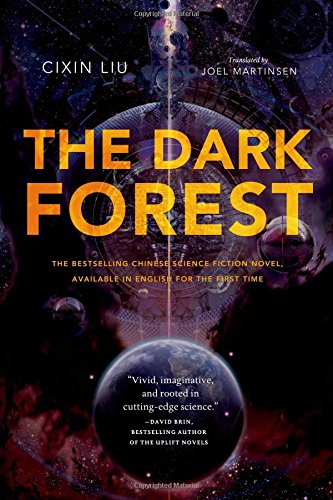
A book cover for The Dark Forest; Cixin Liu; Science Fiction & Fantasy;